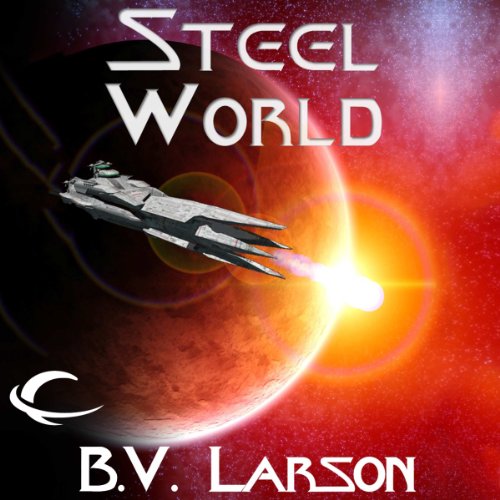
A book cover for Steel World: Undying Mercenaries, Book 1; B. V. Larson; Science Fiction & Fantasy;